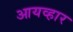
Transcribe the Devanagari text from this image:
आयव्हार